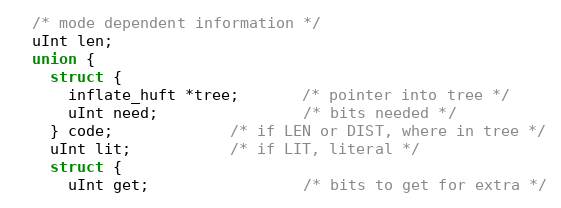
Language: C
  /* mode dependent information */
  uInt len;
  union {
    struct {
      inflate_huft *tree;       /* pointer into tree */
      uInt need;                /* bits needed */
    } code;             /* if LEN or DIST, where in tree */
    uInt lit;           /* if LIT, literal */
    struct {
      uInt get;                 /* bits to get for extra */